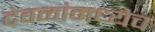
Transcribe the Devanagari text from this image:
देवळांमध्येच